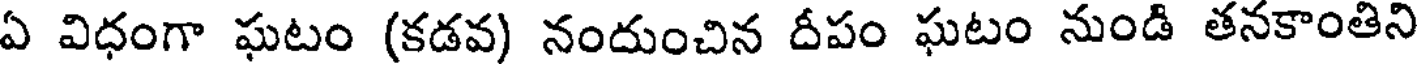
ఏ విధంగా ఘటం (కడవ) నందుంచిన దీపం ఘటం నుండి తనకాంతిని